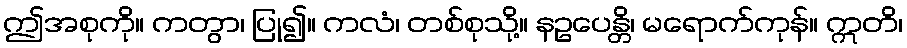
ဤအစုကို။ ကတွာ၊ ပြု၍။ ကလံ၊ တစ်စုသို့။ နဥပေန္တိ၊ မရောက်ကုန်။ ဣတိ၊